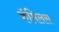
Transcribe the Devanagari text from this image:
कॅमिलस